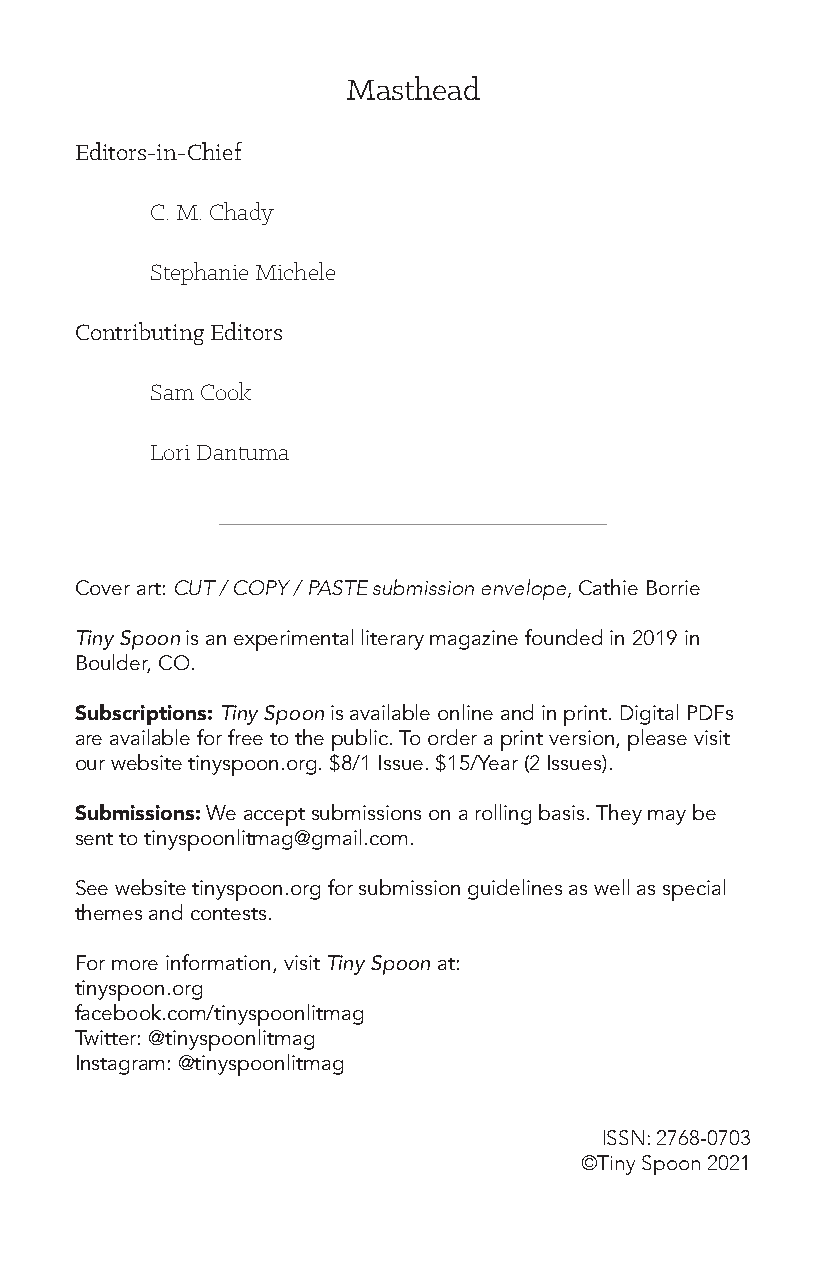
Masthead
 Editors-in-Chief
 C. M. Chady
 Stephanie Michele
 Contributing Editors
 Sam Cook
 Lori Dantuma
 Cover art: CUT / COPY / PASTE submission envelope, Cathie Borrie
 Tiny Spoon is an experimental literary magazine founded in 2019 in
 Boulder, CO.
 Subscriptions: Tiny Spoon is available online and in print. Digital PDFs
 are available for free to the public. To order a print version, please visit
 our website tinyspoon.org. $8/1 Issue. $15/Year (2 Issues).
 Submissions: We accept submissions on a rolling basis. They may be
 sent to tinyspoonlitmag@gmail.com.
 See website tinyspoon.org for submission guidelines as well as special
 themes and contests.
 For more information, visit Tiny Spoon at:
 tinyspoon.org
 facebook.com/tinyspoonlitmag
 Twitter: @tinyspoonlitmag
 Instagram: @tinyspoonlitmag
 ISSN: 2768-0703
 ©Tiny Spoon 2021